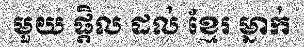
មួយ ផ្តិល ដល់ ខ្មែរ ម្នាក់